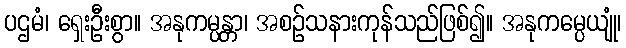
ပဌမံ၊ ရှေးဦးစွာ။ အနုကမ္ပန္တာ၊ အစဉ်သနားကုန်သည်ဖြစ်၍။ အနုကမ္ပေယျုံ၊